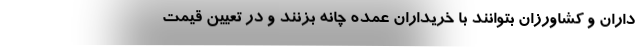
‌داران و کشاورزان بتوانند با خریداران عمده چانه بزنند و در تعیین قیمت